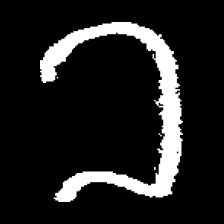
Pyu character \u2014 Myanmar letter: ခ (romanized: kha)